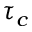
\tau _ { c }